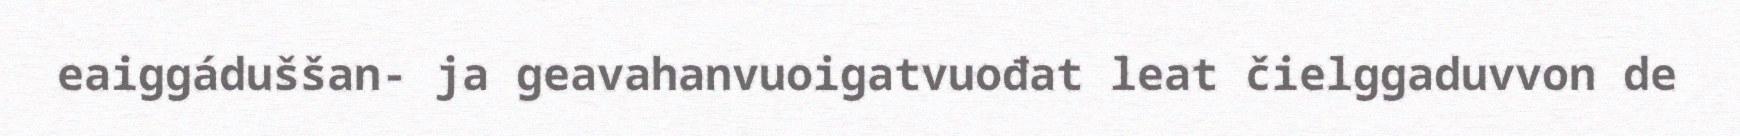
eaiggáduššan- ja geavahanvuoigatvuođat leat čielggaduvvon de